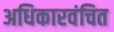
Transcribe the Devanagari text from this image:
अधिकारवंचित